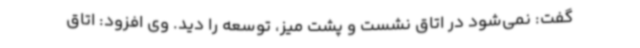
گفت: نمی‌شود در اتاق نشست و پشت میز، توسعه را دید. وی افزود: اتاق